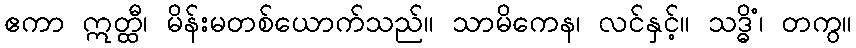
ဧကာ ဣတ္ထီ၊ မိန်းမတစ်ယောက်သည်။ သာမိကေန၊ လင်နှင့်။ သဒ္ဓိံ၊ တကွ။